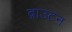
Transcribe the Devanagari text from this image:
ब्राउटन